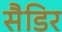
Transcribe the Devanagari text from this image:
सैडिर